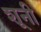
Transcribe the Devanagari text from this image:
शूनी